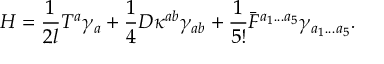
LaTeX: H = { \frac { 1 } { 2 l } } T ^ { a } \gamma _ { a } + { \frac { 1 } { 4 } } D \kappa ^ { a b } \gamma _ { a b } + { \frac { 1 } { 5 ! } } \bar { F } ^ { a _ { 1 } . . . a _ { 5 } } \gamma _ { a _ { 1 } . . . a _ { 5 } } .